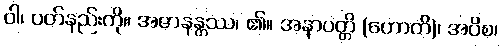
ဝါ၊ ဝတ်နည်းကို။ အဇာနန္တဿ၊ ၏။ အနာပတ္တိ (ဟောတိ)၊ အပိစ၊